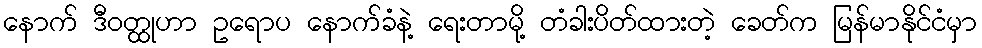
နောက် ဒီဝတ္ထုဟာ ဥရောပ နောက်ခံနဲ့ ရေးတာမို့ တံခါးပိတ်ထားတဲ့ ခေတ်က မြန်မာနိုင်ငံမှာ